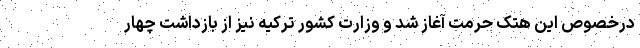
درخصوص این هتک حرمت آغاز شد و وزارت کشور ترکیه نیز از بازداشت چهار